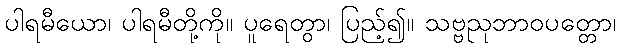
ပါရမီယော၊ ပါရမီတို့ကို။ ပူရေတွာ၊ ပြည့်၍။ သဗ္ဗညုဘာဝပတ္တော၊